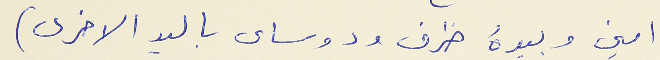
امين وبيدهُ ظرف ودوساى باليد الاخرى )